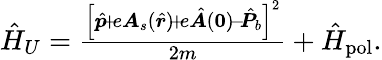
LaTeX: \begin{array}{r}{\hat{H}_{U}=\frac{\left[\hat{\boldsymbol{p}}\! +\! e\boldsymbol{A}_{s}(\hat{\boldsymbol{r}})\! +\! e\hat{\boldsymbol{A}}(\boldsymbol{0})\! -\! \hat{\boldsymbol{P}}_{b}\right]^{2}}{2m}+\hat{H}_{\mathrm{pol}}.}\end{array}